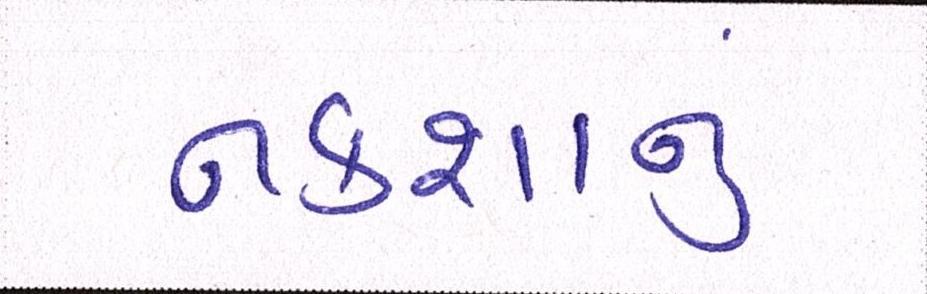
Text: નકશાનું